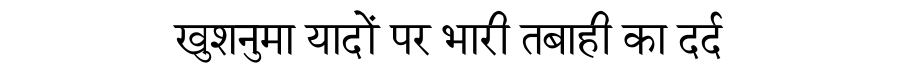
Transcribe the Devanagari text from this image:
खुशनुमा यादों पर भारी तबाही का दर्द